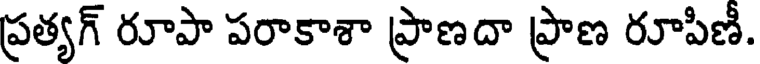
ప్రత్యగ్ రూపా పరాకాశా ప్రాణదా ప్రాణ రూపిణీ.